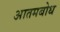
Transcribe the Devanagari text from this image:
आतमबोध